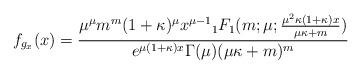
LaTeX: \begin{align*}f_{g_x}(x)= \frac{\mu^{\mu} m^m (1+\kappa)^{\mu}x^{\mu-1} {}_1F_1(m;\mu;\frac{\mu^2 \kappa (1+\kappa) x}{\mu \kappa+m})}{e^{\mu (1+\kappa) x } \Gamma(\mu) (\mu \kappa +m)^m} \end{align*}